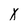
Character: X